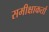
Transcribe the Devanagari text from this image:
समीक्षाकर्ता